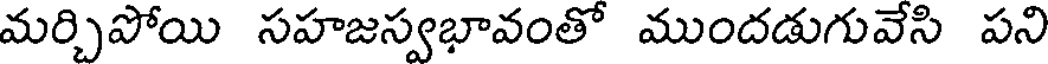
మర్చిపోయి సహజస్వభావంతో ముందడుగువేసి పని